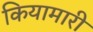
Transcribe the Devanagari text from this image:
कियामारी